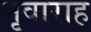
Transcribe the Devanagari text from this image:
नृवाराह